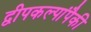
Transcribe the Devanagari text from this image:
द्वीपकल्पांपैकी